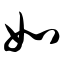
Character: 如